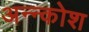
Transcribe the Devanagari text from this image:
अन्‍न्कोश